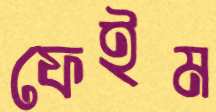
ফেইম